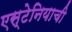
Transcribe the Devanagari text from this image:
एस्टेनियाची